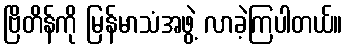
ဗြိတိန်ကို မြန်မာသံအဖွဲ့ လာခဲ့ကြပါတယ်။